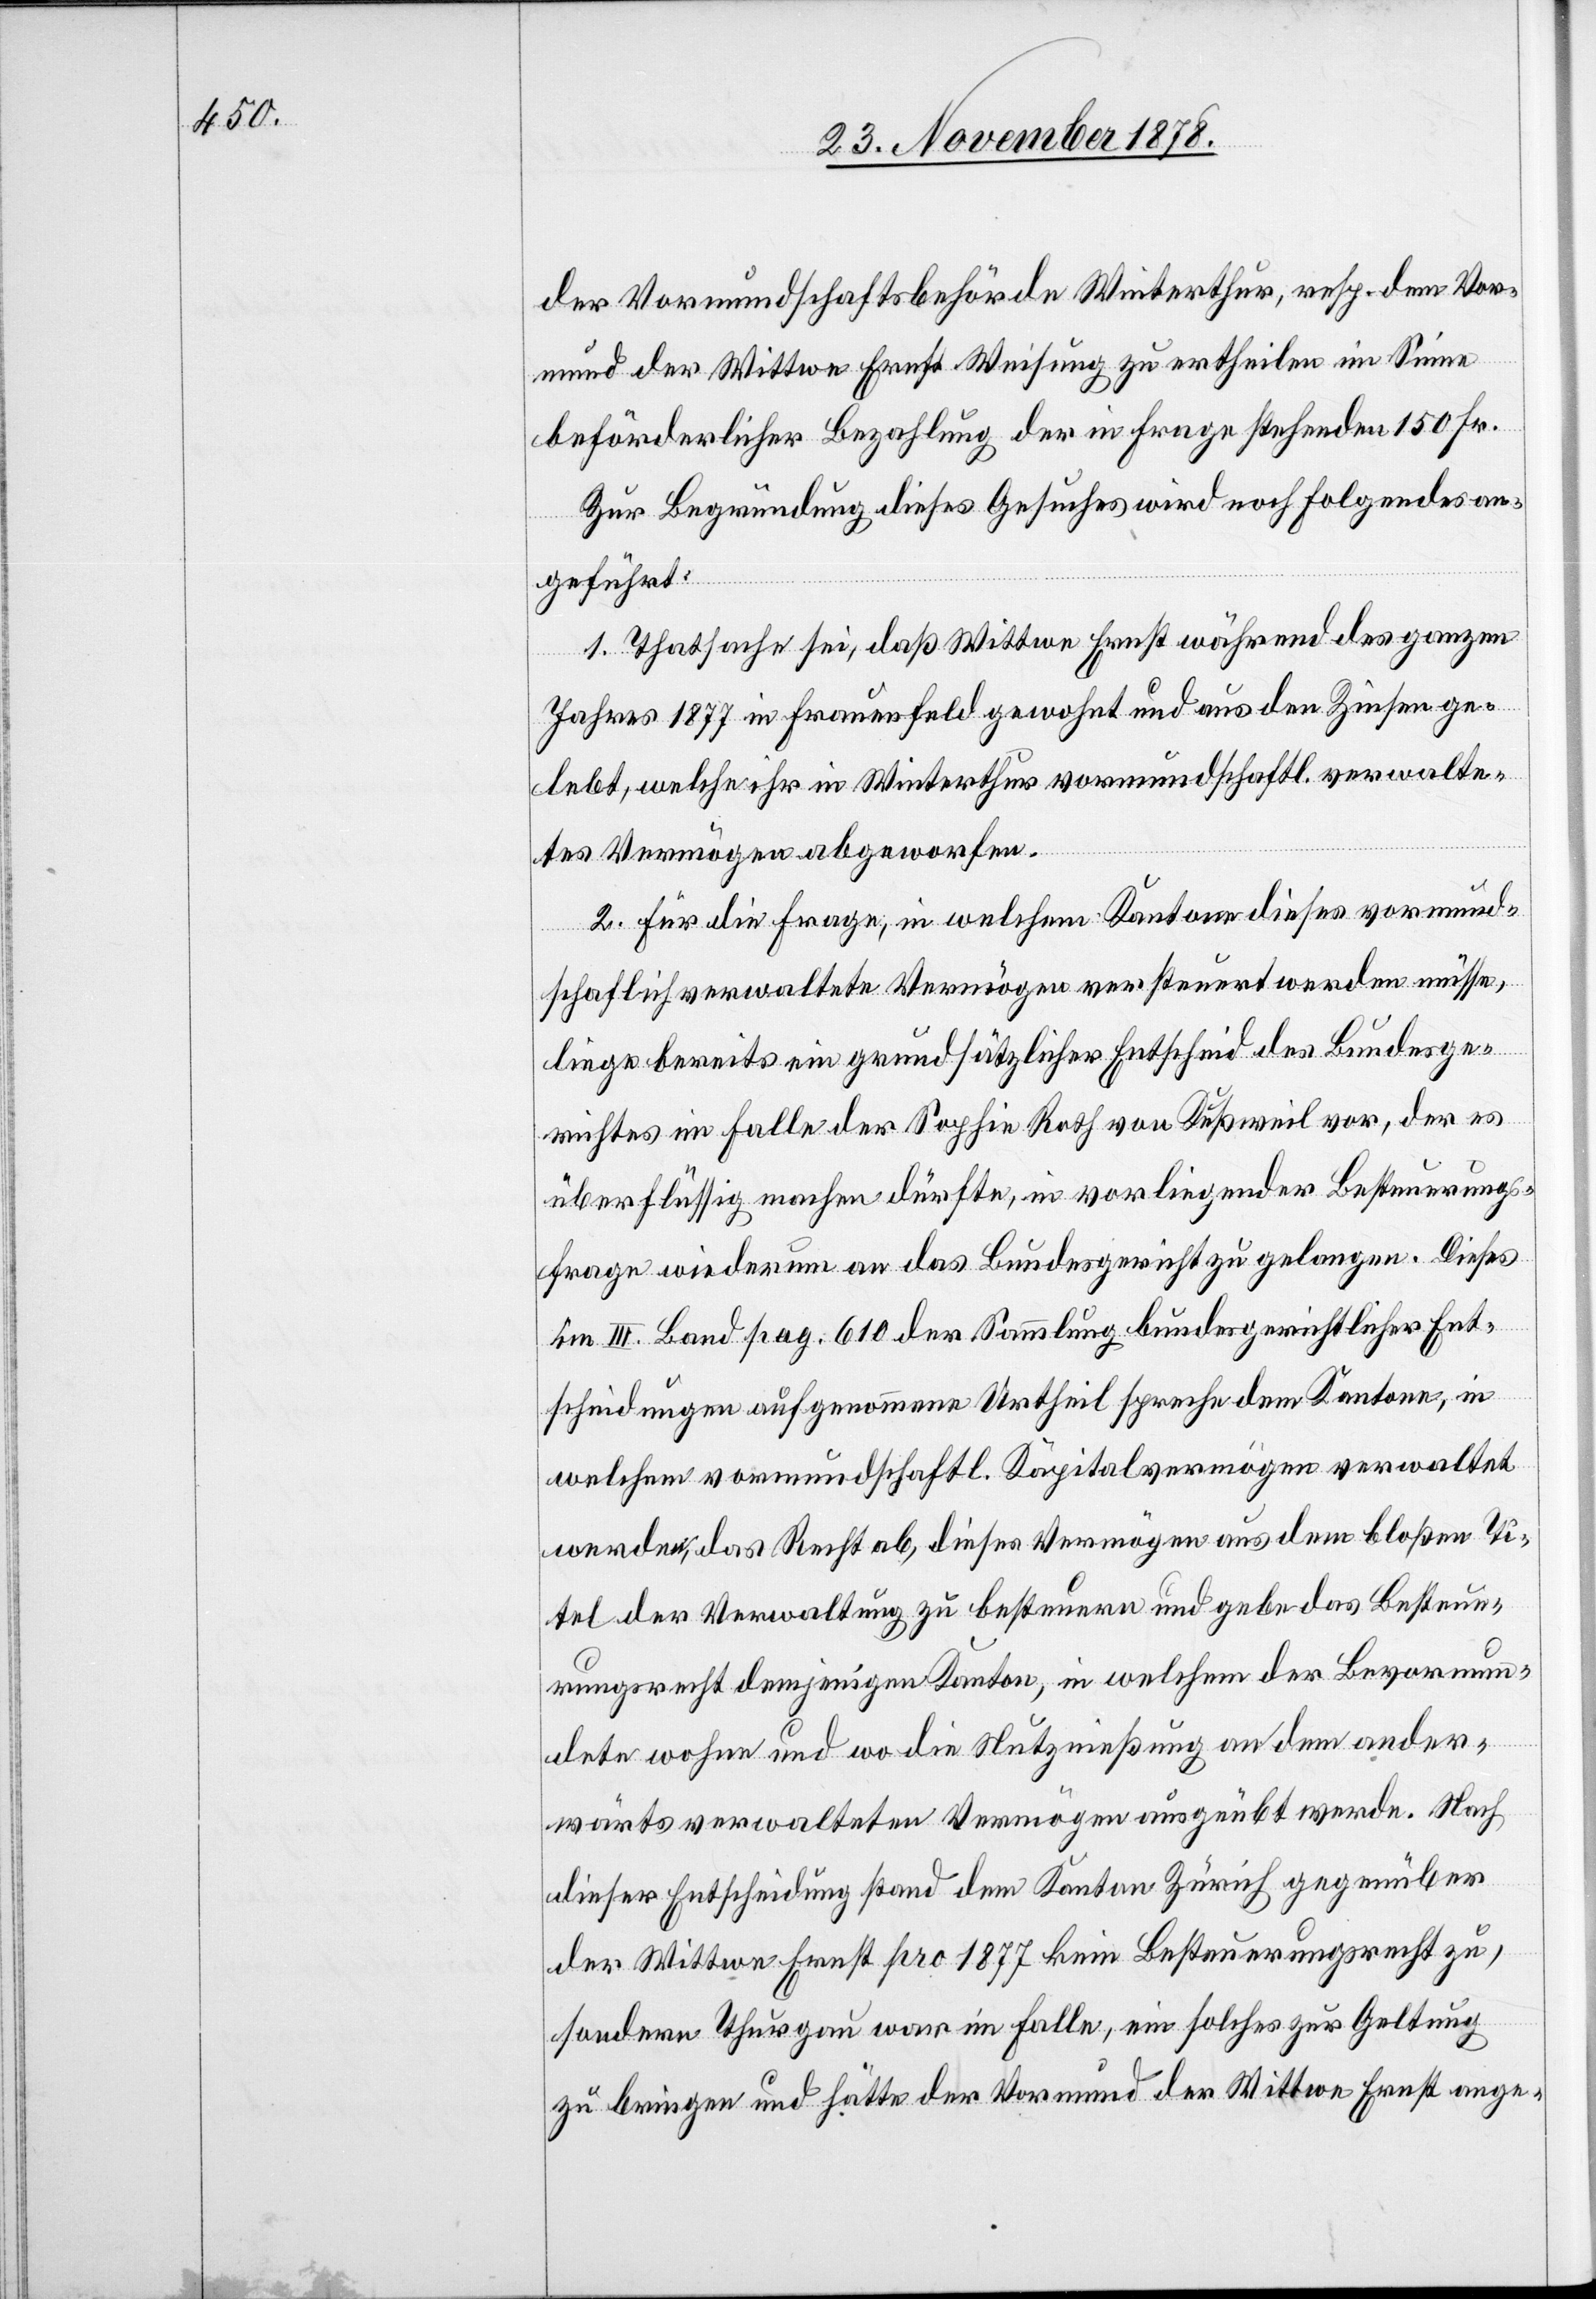
der Vormundschaftsbehörde Winterthur, resp. dem Vor¬
mund der Wittwe Ernst Weisung zu ertheilen im Sinne
beförderlicher Bezahlung der in Frage stehenden 150 Fr.
Zur Begründung dieses Gesuches wird noch folgendes an¬
geführt:
1. Thatsache sei, daß Wittwe Ernst während des ganzen
Jahres 1877 in Frauenfeld gewohnt und aus den Zinsen ge¬
lebt, welche ihr in Winterthur vormundschaftl .verwalte¬
tes Vermögen abgeworfen.
2. Für die Frage, in welchem Kantone dieses vormund¬
schaftlich verwaltete Vermögen versteuert werden müsse,
liege bereits ein grundsätzlicher Entscheid des Bundesge¬
richtes im Falle der Sophie Rath von Keßweil vor, der es
überflüssig machen dürfte, in vorliegender Besteuerungs¬
frage wiederum an das Bundesgericht zu gelangen. Dieses
im III. Band pag. 610 der Sammlung bundesgerichtlicher Ent¬
scheidungen aufgenommene Urtheil spreche dem Kantone, in
welchem vormundschaftl. Kapitalvermögen verwaltet
werde, das Recht ab, dieses Vermögen aus dem bloßen Ti¬
tel der Verwaltung zu besteuern und gebe das Besteue¬
rungsrecht demjenigen Kanton, in welchem der Bevormun¬
dete wohne und wo die Nutznießung an dem ander¬
swärts verwalteten Vermögen ausgeübt werde. Nach
dieser Entscheidung stand dem Kanton Zürich gegenüber
der Wittwe Enrst pro 1877 kein Besteuerungsrecht zu,
sondern Thurgau war im Falle, ein solches zur Geltung
zu bringen und hätte der Vormund der Wittwe Ernst ange-